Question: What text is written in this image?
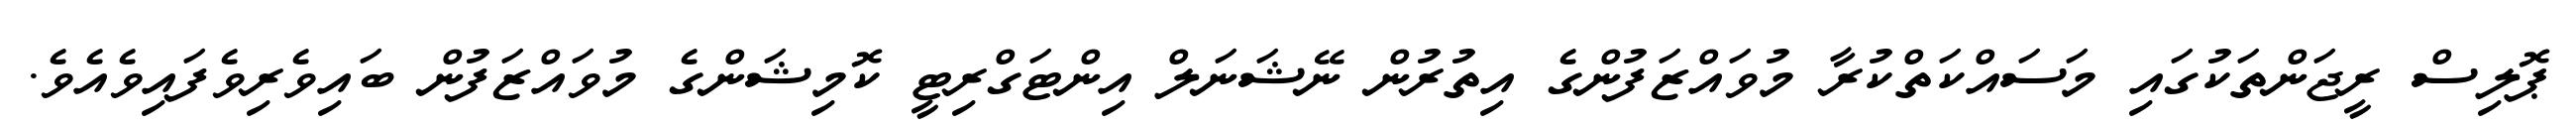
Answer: ޕޮލިސް ރީޖަންތަކުގައި މަސައްކަތްކުރާ މުވައްޒަފުންގެ އިތުރުން ނޭޝަނަލް އިންޓަގްރިޓީ ކޮމިޝަންގެ މުވައްޒަފުން ބައިވެރިވެފައިވެއެވެ.